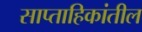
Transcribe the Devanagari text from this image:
साप्ताहिकांतील